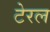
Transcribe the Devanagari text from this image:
टेरल